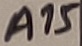
Text: A15